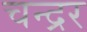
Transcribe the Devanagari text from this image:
चन्द्रर